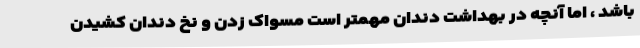
باشد ، اما آنچه در بهداشت دندان مهمتر است مسواک زدن و نخ دندان کشیدن